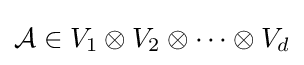
{\mathcal {A}}\in V_{1}\otimes V_{2}\otimes \cdots \otimes V_{d}